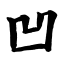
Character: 凹